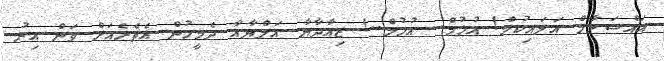
އައްސަލާމް އަލައިކުމް! އުޚުމް.. އުޚުމް..! ޒިއާދާޔާ އަލްޔާއާ ދެމީހުން އެތެރެއަށް ވަން އިރު